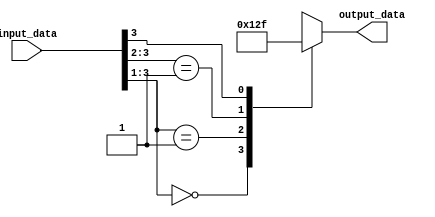
module behavior_modeling_example (
    input wire [3:0] input_data,
    output reg [3:0] output_data
);

always @* begin
    casez(input_data)
        4'b000?: output_data = 4'b0000;
        4'b001?: output_data = 4'b0001;
        4'b01??: output_data = 4'b0010;
        4'b1???: output_data = 4'b1111;
        default: output_data = 4'b1111;
    endcase
end

endmodule